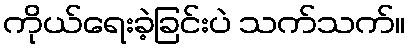
ကိုယ်ရေးခဲ့ခြင်းပဲ သက်သက်။